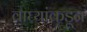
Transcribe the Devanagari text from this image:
वाघ्यांकडून